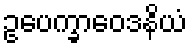
ဥပေက္ခာဝေဒနိယံ